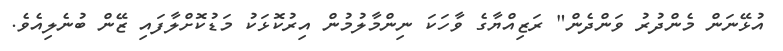
އުޅޭނަން މެންދުރު ވަންދެން" ރަޒިއްޔާގެ ވާހަކަ ނިންމާލުމުން އިރުކޮޅަކު މަޑުކޮށްލާފައި ޒޭން ބުނެލިއެވެ.